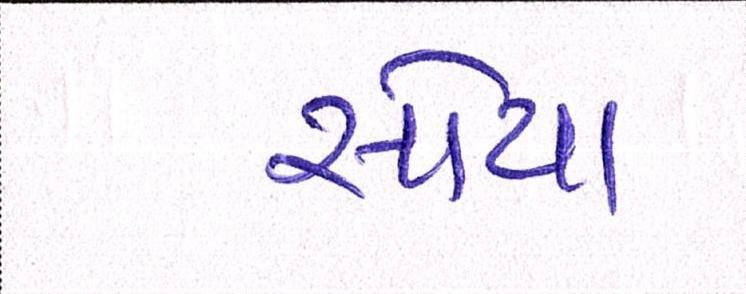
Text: સોયા